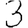
Digit: 3